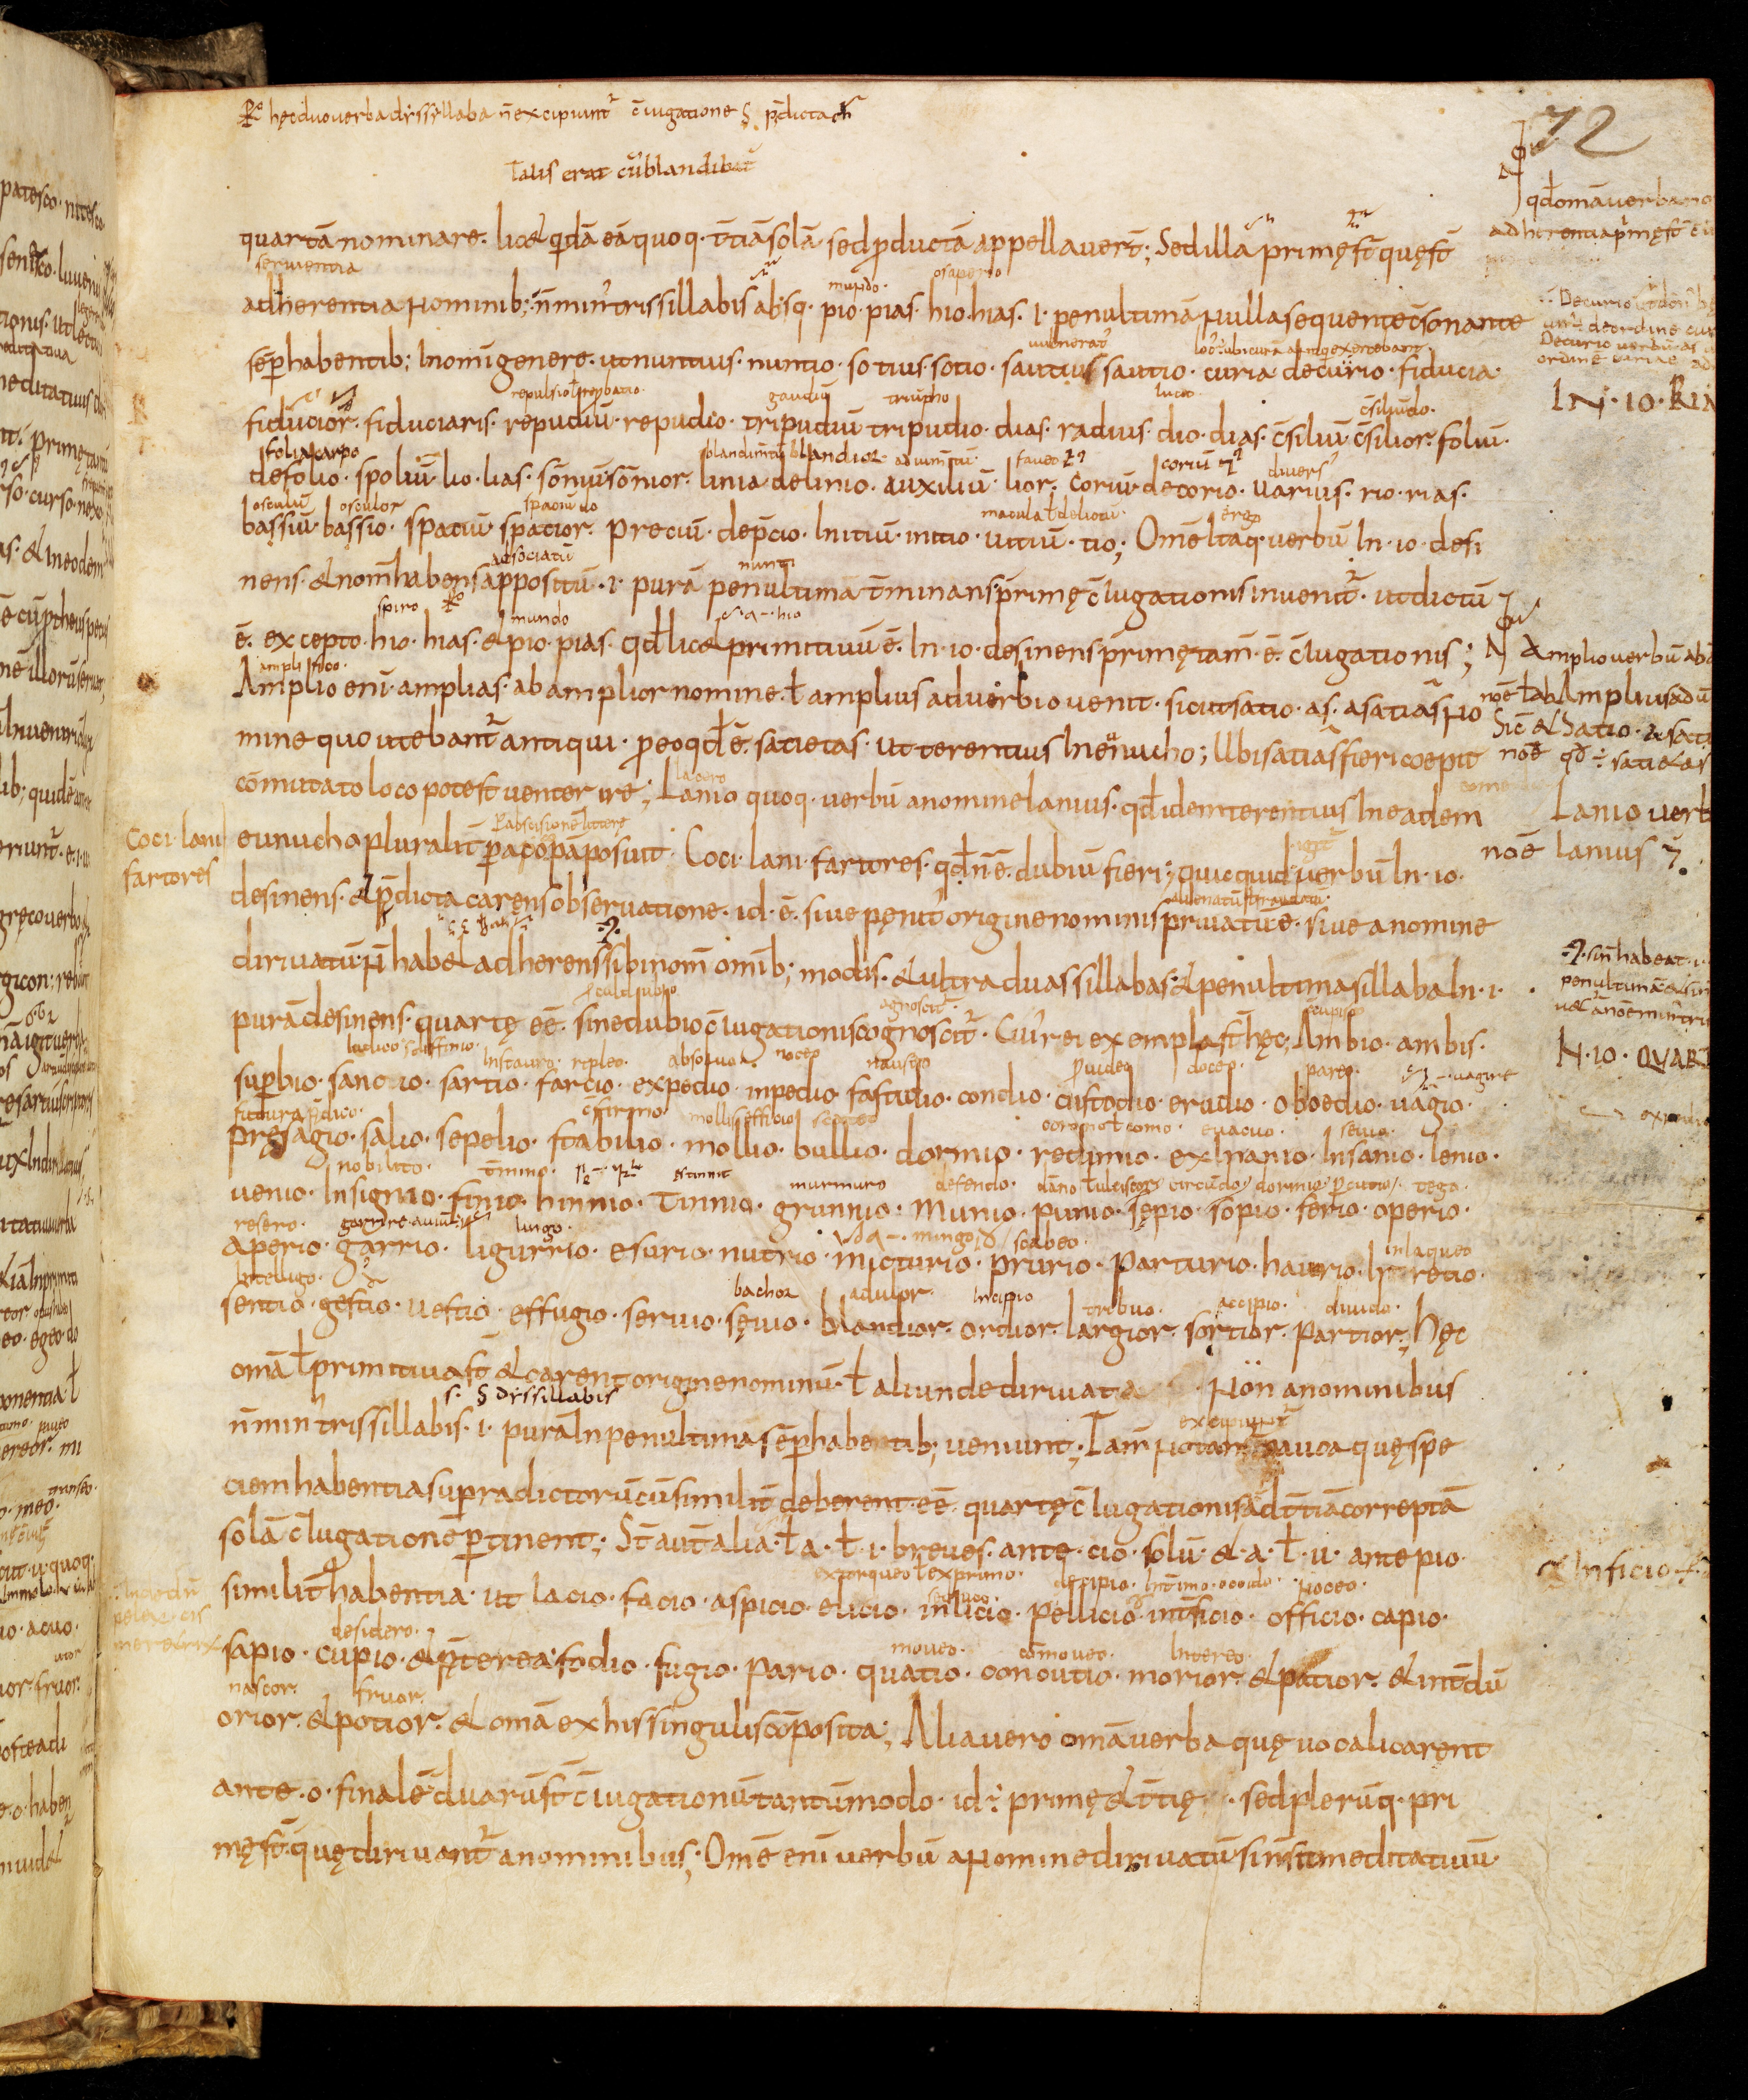
Shelfmark: Bamberg, Staatsbibliothek, MS Class. 30
Century: 9